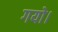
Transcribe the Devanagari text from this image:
गयो।